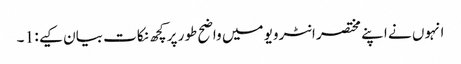
انہوں نے اپنے مختصر انٹرویو میں واضح طور پر کچھ نکات بیان کیے : 1 ۔